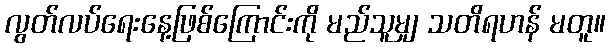
လွတ်လပ်ရေးနေ့ဖြစ်ကြောင်းကို မည်သူမျှ သတိရဟန် မတူ။